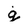
Character: g